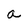
Character: a